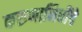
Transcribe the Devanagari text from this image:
करुणानिधींचे